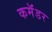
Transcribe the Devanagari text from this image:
कमॅंडर